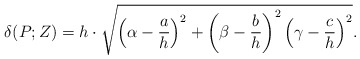
\begin{align*}\delta(P; Z) = h\cdot \sqrt{\left( \alpha - \frac ah \right)^2 + \left( \beta - \frac bh \right)^2\left( \gamma - \frac ch \right)^2}.\end{align*}